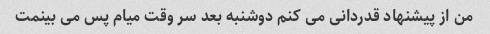
من از پیشنهاد قدردانی می کنم دوشنبه بعد سر وقت میام پس می بینمت